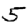
Digit: 5